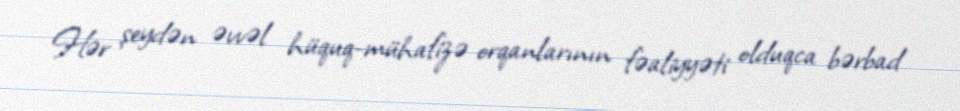
Hər şeydən əvvəl hüquq-mühafizə orqanlarının fəaliyyəti olduqca bərbad